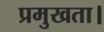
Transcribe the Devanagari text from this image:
प्रमुखता।